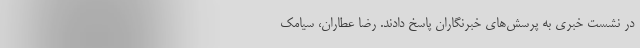
در نشست خبری به پرسش‌های خبرنگاران پاسخ دادند. رضا عطاران، سیامک